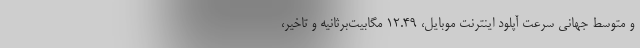
و متوسط جهانی سرعت آپلود اینترنت موبایل، ۱۲.۴۹ مگابیت‌برثانیه و تاخیر،